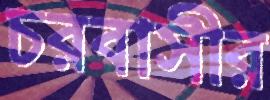
চরবাসীর